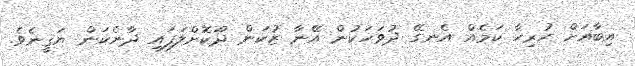
އިބާއަށް ހުރިހާ ކަމެއް އެނގޭ ދުވަހަކުން އޭނާ ޒުކަން ދޫކޮށްލަފައި ދާނެކަން ޔަޤީނެވެ.